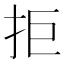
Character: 拒